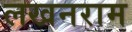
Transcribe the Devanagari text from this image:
लखनराम